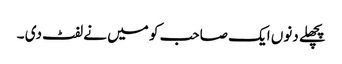
پچھلے دنوں ایک صاحب کو میں نے لفٹ دی ۔